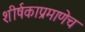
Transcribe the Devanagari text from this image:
शीर्षकाप्रमाणेच